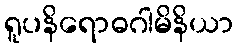
ရူပနိရောဓဂါမိနိယာ